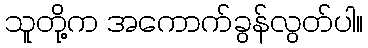
သူတို့က အကောက်ခွန်လွတ်ပါ။